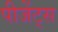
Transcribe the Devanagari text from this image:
पीजेंट्स